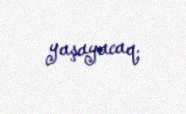
yaşayacaq.